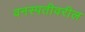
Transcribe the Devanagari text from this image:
वनस्पतीवरील